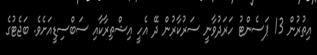
އިތުރުން 13 ޕަސެންޓު ހަރަދުވާނީ ސަރުކާރުން ދޭ އެހީ އިޝްތިރާކާއި ސަބްސިޑީއަށެވެ. ބަޖެޓުގެ